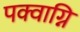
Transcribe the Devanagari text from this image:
पक्वाग्नि